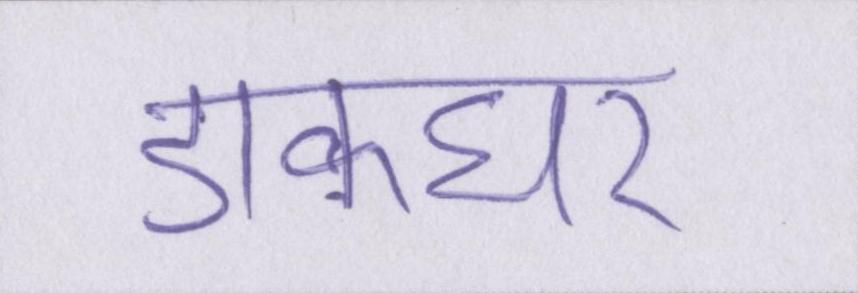
डाकघर